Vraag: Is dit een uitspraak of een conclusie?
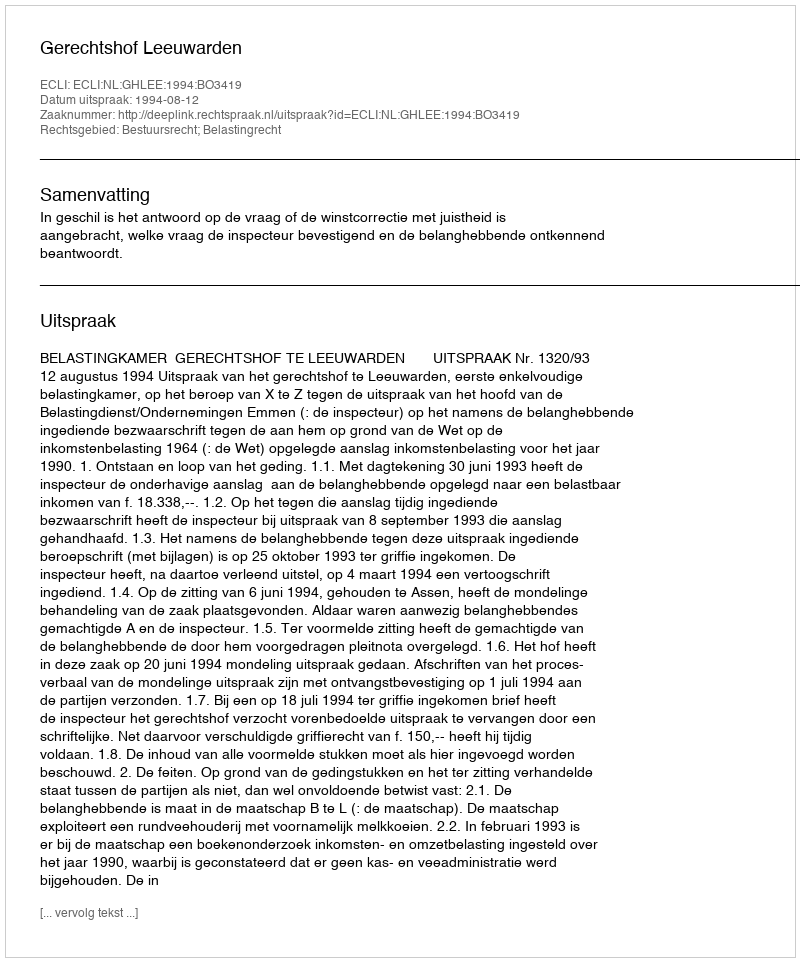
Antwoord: Uitspraak